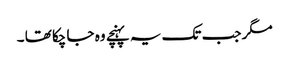
مگر جب تک یہ پہنچے وہ جا چکا تھا ۔